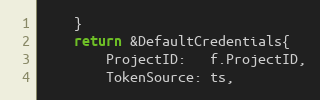
Language: Go
	}
	return &DefaultCredentials{
		ProjectID:   f.ProjectID,
		TokenSource: ts,